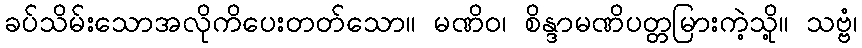
ခပ်သိမ်းသောအလိုကိပေးတတ်သော။ မဏိဝ၊ စိန္ဒာမဏိပတ္တမြားကဲ့သို့။ သဗ္ဗံ၊